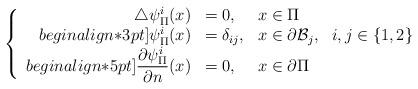
LaTeX: \begin{align*} \left\{\begin{array}{r l l }\triangle \psi^i_{\Pi}(x) & = 0, & x\in\Pi\\begin{align*}3pt]\psi^i_{\Pi}(x) & =\delta_{ij}, & \displaystyle x\in\partial \mathcal{B}_j,~~i,j\in\{1,2\}\\begin{align*}5pt]\displaystyle \frac{\partial \psi^i_{\Pi}}{\partial n}(x) & = 0, & x\in \partial\Pi\end{array}\right.\end{align*}